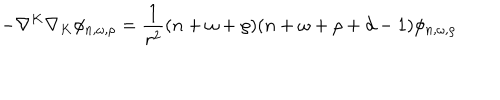
- \nabla ^ { K } \nabla _ { K } \phi _ { n , \omega , \rho } = { \frac { 1 } { r ^ { 2 } } } ( n + \omega + \rho ) ( n + \omega + \rho + d - 1 ) \phi _ { n , \omega , \rho }